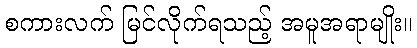
စကားလက် မြင်လိုက်ရသည့် အမူအရာမျိုး။